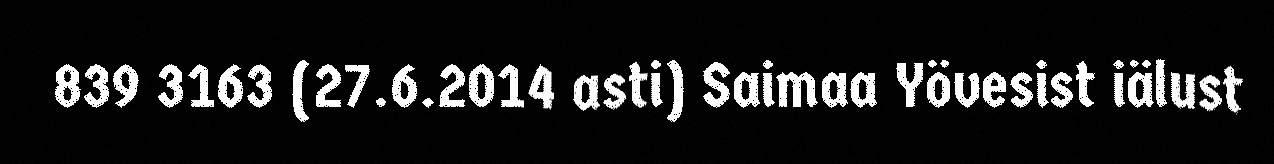
839 3163 (27.6.2014 asti) Saimaa Yövesist iälust